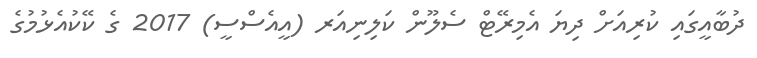
ދުބާއީގައި ކުރިއަށް ދިޔަ އެމިރޭޓް ސެލޫން ކަލިނިއަރ (އީއެސްސީ) 2017 ގެ ކޭކުއެޅުމުގެ